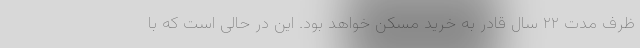
ظرف مدت ۲۲ سال قادر به خرید مسکن خواهد بود. این در حالی است که با